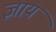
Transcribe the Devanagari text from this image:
ज्ञाय